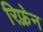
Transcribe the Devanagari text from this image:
रिफ़्रेन